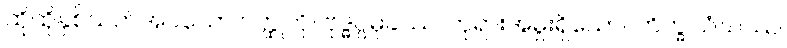
ထိုထိုနှစ်သက်အပ်သော ဝတ္ထုကို။ ဗုဒ္ဓပ္ပမုခဿ၊ ဘုရားအမှူးရှိသော။ ဘိက္ခုသံဃဿ၊